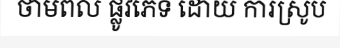
ថាមពល ផ្លូវភេទ ដោយ ការស្រូប